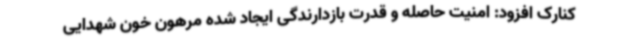
کنارک افزود: امنیت حاصله و قدرت بازدارندگی ایجاد شده مرهون خون شهدایی